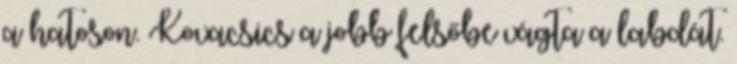
a hatoson. Kovacsics a jobb felsőbe vágta a labdát.